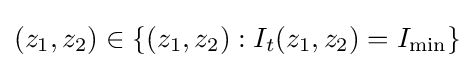
(z_{1},z_{2})\in \{(z_{1},z_{2}):I_{t}(z_{1},z_{2})=I_{\operatorname {min} }\}